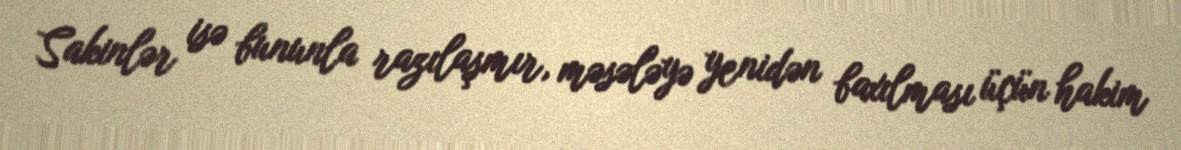
Sakinlər isə bununla razılaşmır, məsələyə yenidən baxılması üçün hakim